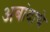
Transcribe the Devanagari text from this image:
अबांदाचे